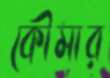
কৌমার